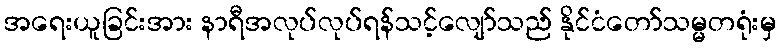
အရေးယူခြင်းအား နာရီအလုပ်လုပ်ရန်သင့်လျော်သည် နိုင်ငံတော်သမ္မတရုံးမှ